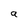
Character: a